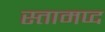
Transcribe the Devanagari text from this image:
स्तामप्द